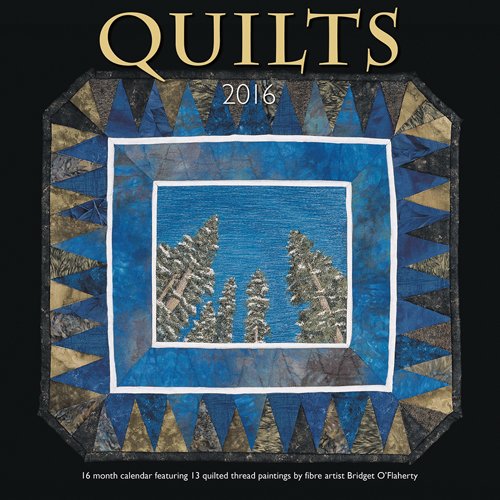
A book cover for Quilts 2016 Square 12x12 Wyman; Browntrout Publishers; Calendars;